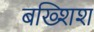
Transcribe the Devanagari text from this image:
बख्शिश